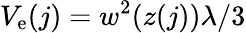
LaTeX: V_{\mathrm{e}}(j)=w^{2}(z(j))\lambda/3